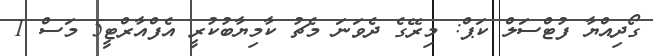
ގޯދިއްޔާ ފުޓްސަލް ކަޕް: މިރޭގެ ދެވަނަ މެޗު ކާމިޔާބުކުރީ އެފްއާރްޓީ5 މަސް 1